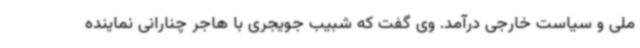
ملی و سیاست خارجی درآمد. وی گفت که شبیب جویجری با هاجر چنارانی نماینده